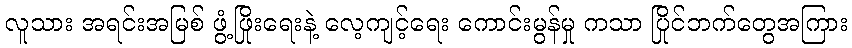
လူသား အရင်းအမြစ် ဖွံ့ဖြိုးရေးနဲ့ လေ့ကျင့်ရေး ကောင်းမွန်မှု ကသာ ပြိုင်ဘက်တွေအကြား